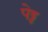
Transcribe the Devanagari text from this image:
पेड्ड